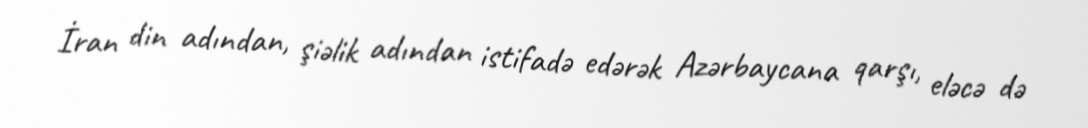
İran din adından, şiəlik adından istifadə edərək Azərbaycana qarşı, eləcə də